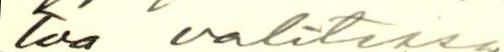
toa valitessa